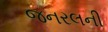
જનરલની